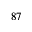
^ { 8 7 }